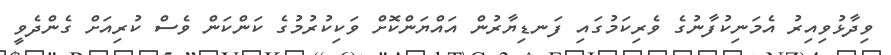
ވިދާޅުވިއިރު އެމަނިކުފާނުގެ ވެރިކަމުގައި ފަނޑިޔާރުން އައްޔަންކޮށް ވަކިކުރުމުގެ ކަންކަން ވެސް ކުރިއަށް ގެންދެވީ